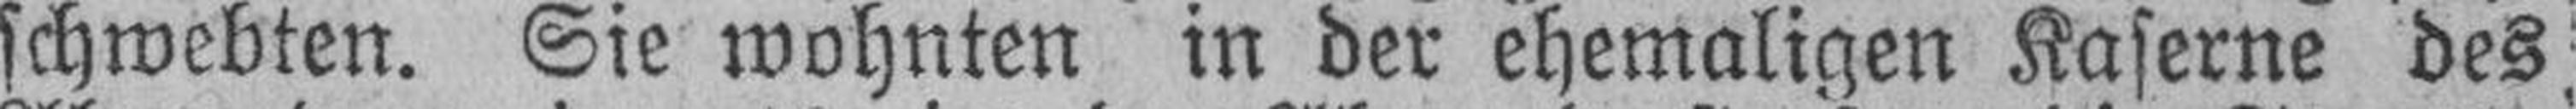
schwebten. Sie wohnten in der ehemaligen Kaserne des